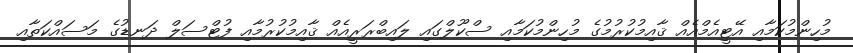
މުހިންމުކަމާއި އޭޓީއެމްއެއް ޤާއިމުކުރުމުގެ މުހިންމުކަމާއި ސްކޫލްގައި ލައިބްރަރީއެއް ޤާއިމުކުރުމާއި ފުޓްސަލް ދަނޑުގެ މަސައްކަތާއި